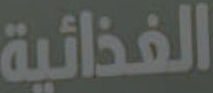
الغذائية